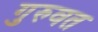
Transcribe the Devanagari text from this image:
गुरुवत